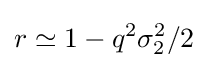
r\simeq 1-q^{2}\sigma _{2}^{2}/2